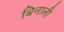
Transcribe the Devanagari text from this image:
बिनाली